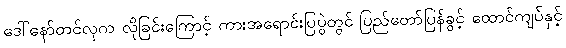
ဒေါ်နော်တင်လှက လိုခြင်းကြောင့် ကားအရောင်းပြပွဲတွင် ပြည်တော်ပြန်ခွင့် ထောင်ကျပ်နှင့်